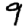
Digit: 9